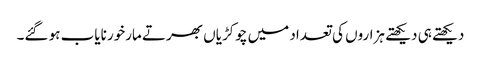
دیکھتے ہی دیکھتے ہزاروں کی تعداد میں چوکڑیاں بھرتے مارخور نایاب ہو گئے۔